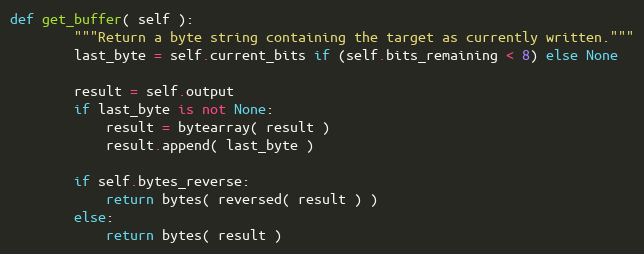
Language: Python
def get_buffer( self ):
        """Return a byte string containing the target as currently written."""
        last_byte = self.current_bits if (self.bits_remaining < 8) else None

        result = self.output
        if last_byte is not None:
            result = bytearray( result )
            result.append( last_byte )

        if self.bytes_reverse:
            return bytes( reversed( result ) )
        else:
            return bytes( result )